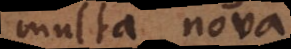
multa nova